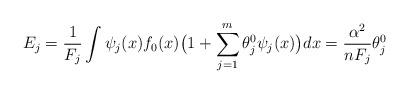
LaTeX: \begin{align*}E_j&= \frac 1{F_j} \int \psi_j(x) f_0(x) \big(1 + \sum_{j=1}^m \theta_j^0 \psi_j(x) \big) dx= \frac{\alpha^2}{nF_j} \theta_j^0 \end{align*}